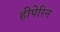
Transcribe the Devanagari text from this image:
हीपेरिन